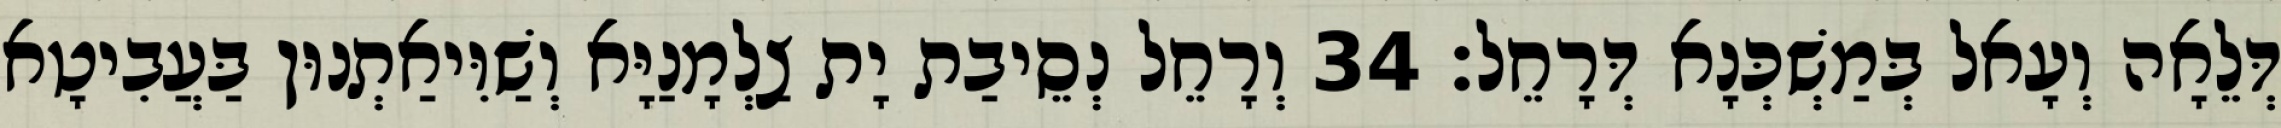
דְּלֵאָה וְעָאל בְּמַשְׁכְּנָא דְּרָחֵל׃ 34 וְרָחֵל נְסֵיבַת יָת צַלְמָנַיָּא וְשַׁוִּיאַתְנוּן בַּעֲבִיטָא